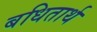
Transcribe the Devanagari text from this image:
बधितार्थ